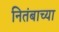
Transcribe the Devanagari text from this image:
नितंबाच्या